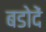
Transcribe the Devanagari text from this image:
बडोदें